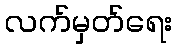
လက်မှတ်ရေး